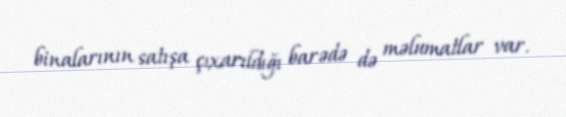
binalarının satışa çıxarıldığı barədə də məlumatlar var.